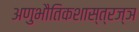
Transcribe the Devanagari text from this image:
अणुभौतिकशास्त्रज्ञ